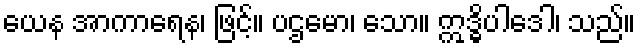
ယေန အာကာရေန၊ ဖြင့်။ ပဌမော၊ သော။ ဣဒ္ဓိပါဒေါ၊ သည်။